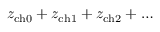
z _ { \mathrm { c h } 0 } + z _ { \mathrm { c h } 1 } + z _ { \mathrm { c h } 2 } + \dots